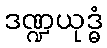
ဒဏ္ဍယုဒ္ဓံ